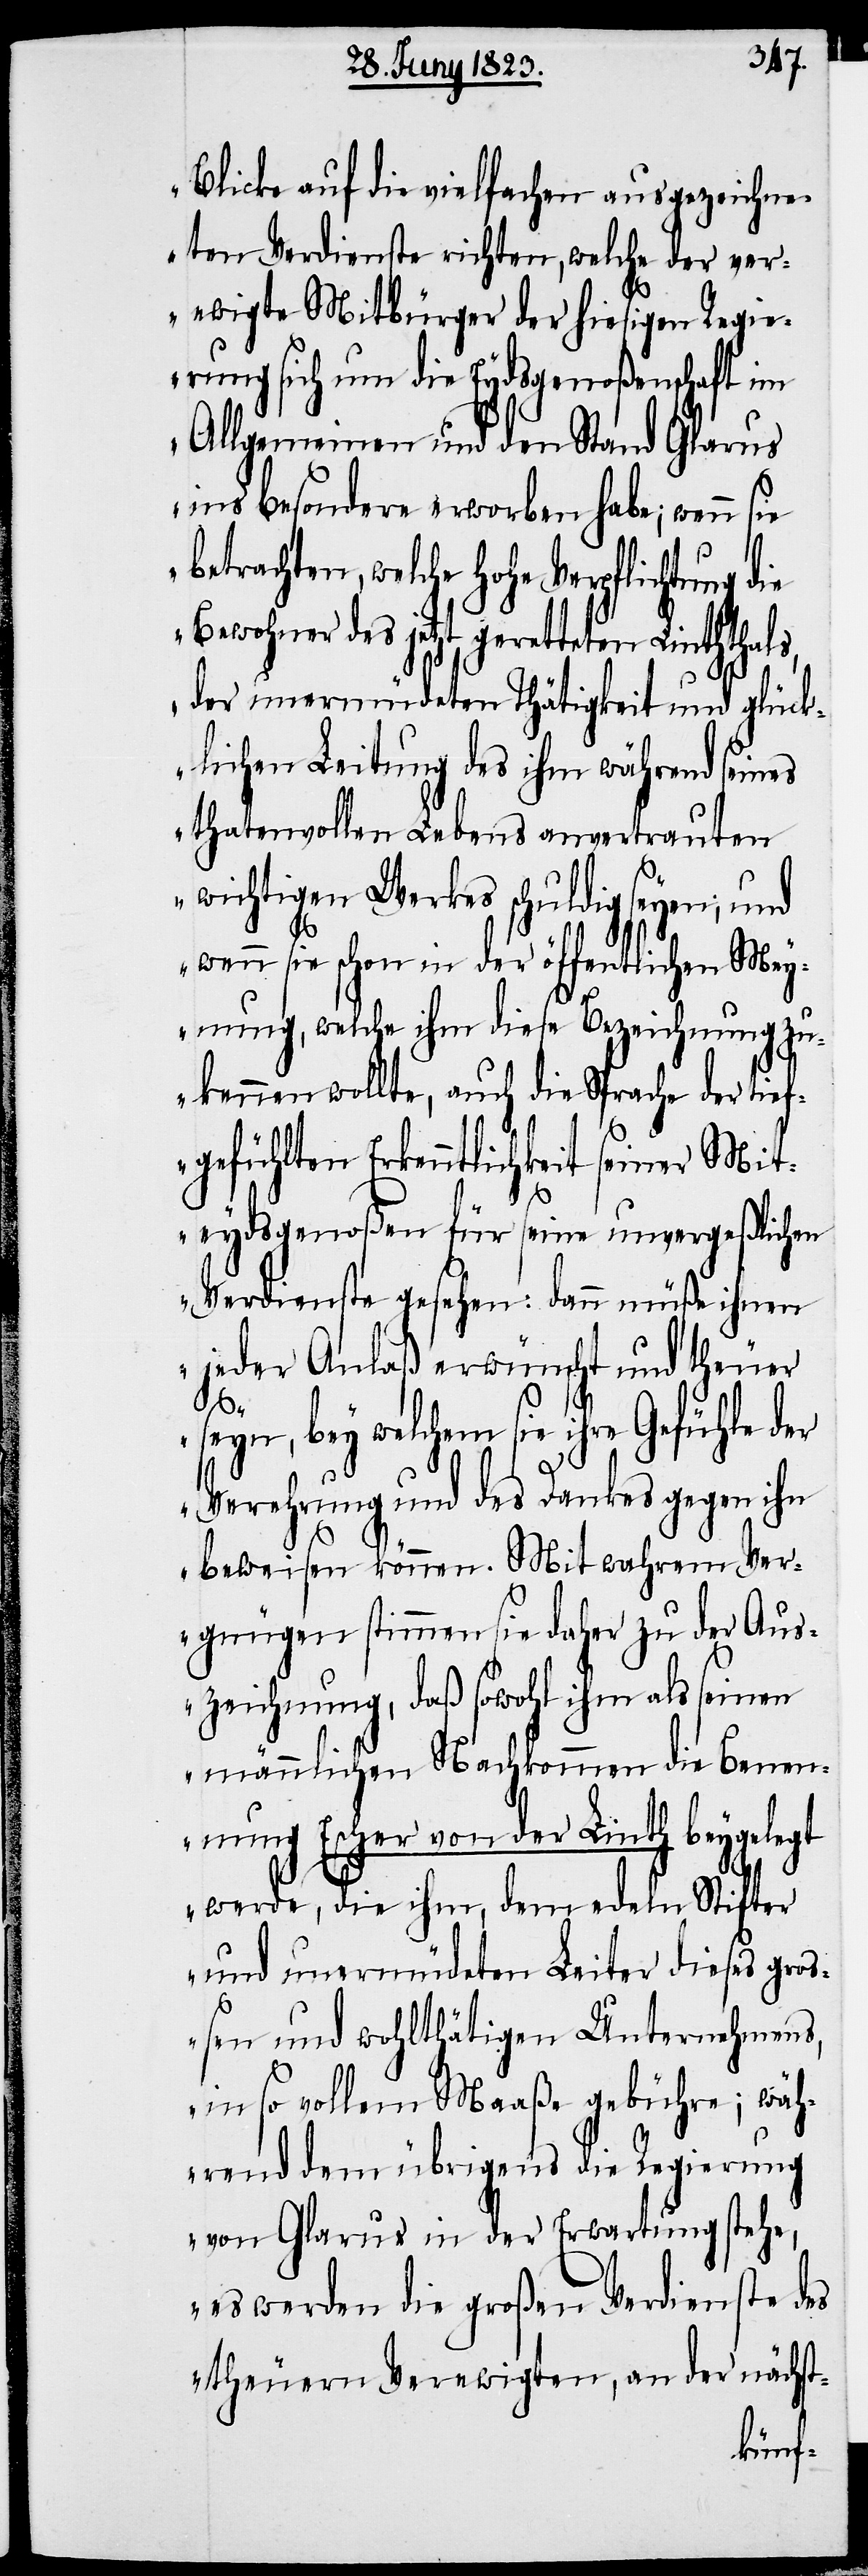
Blicke auf die vielfachen ausgezeichne¬
ten Verdienste richten, welche der ver¬
ewigte Mitbürger der hiesigen Regie¬
rung sich um die Eydsgenoßenschaft im
Allgemeinen und den Stand Glarus
ins besondere erworben habe; wenn sie
welche hohe Verpflichtung die
Bewohner des jetzt geretteten Linththals,
der unermüdeten Thätigkeit und glück¬
lichen Leitung des ihm während seines
thatenvollen Lebens anvertrauten
wichtigen Werkes schuldig seyen; und
wenn sie schon in der öffentlichen Mey¬
nung, welche ihm diese Bezeichnung zu¬
kennen wollte, auch die Sprache der tief¬
gefühlten Erkenntlichkeit seiner Mit¬
eydsgenoßen für seine unvergeßlichen
Verdienste gesehen: dann müße ihnen
jeder Anlaß erwünscht und theuer
seyn, bey welchem sie ihre Gefühle der
Verehrung und des Dankes gegen ihn
beweisen können. Mit wahrem Ver¬
gnügen stimmen sie daher zu der Aus¬
zeichnung, daß sowohl ihm als seinen
männlichen Nachkommen die Benen¬
nung Escher von der Linth beygelegt
werde, die ihm, dem edeln Stifter
und unermüdeten Leiter dieses groß¬
en und wohlthätigen Unternehmens,
in so vollem Maaße gebühre; wäh¬
rend dem übrigens die Regierung
von Glarus in der Erwartung stehe,
es werden die großen Verdienste des
theuern Verewigten, an der nächst-